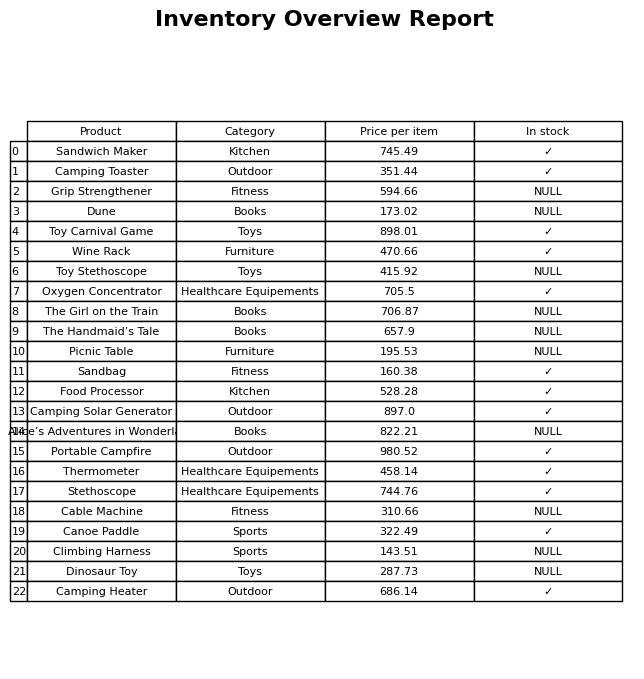
question: What is the price of the Wine Rack?
answer: The price of Wine Rack is 470.66.